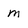
Character: M